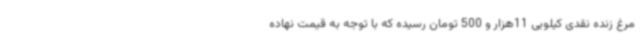
مرغ زنده نقدی کیلویی 11هزار و 500 تومان رسیده که با توجه به قیمت نهاده